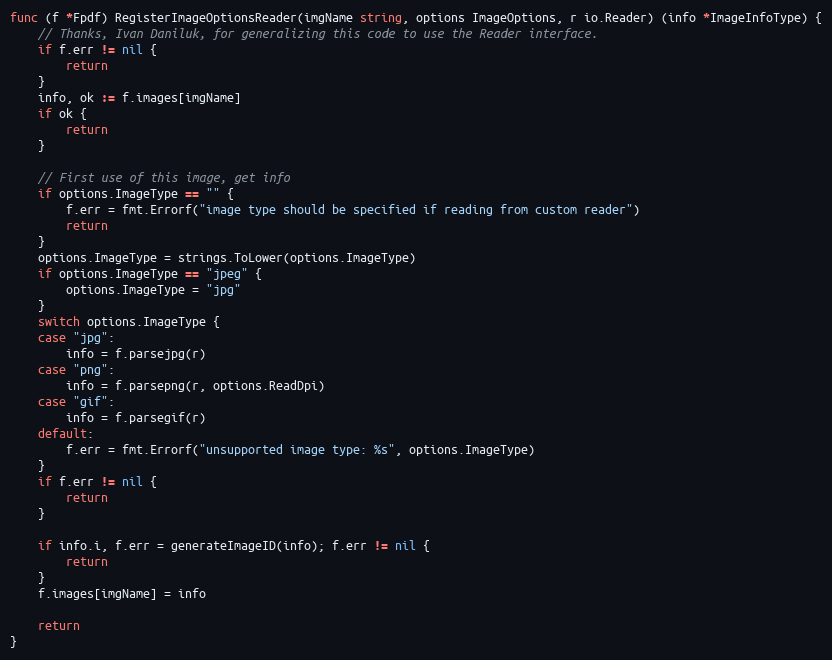
Language: Go
func (f *Fpdf) RegisterImageOptionsReader(imgName string, options ImageOptions, r io.Reader) (info *ImageInfoType) {
	// Thanks, Ivan Daniluk, for generalizing this code to use the Reader interface.
	if f.err != nil {
		return
	}
	info, ok := f.images[imgName]
	if ok {
		return
	}

	// First use of this image, get info
	if options.ImageType == "" {
		f.err = fmt.Errorf("image type should be specified if reading from custom reader")
		return
	}
	options.ImageType = strings.ToLower(options.ImageType)
	if options.ImageType == "jpeg" {
		options.ImageType = "jpg"
	}
	switch options.ImageType {
	case "jpg":
		info = f.parsejpg(r)
	case "png":
		info = f.parsepng(r, options.ReadDpi)
	case "gif":
		info = f.parsegif(r)
	default:
		f.err = fmt.Errorf("unsupported image type: %s", options.ImageType)
	}
	if f.err != nil {
		return
	}

	if info.i, f.err = generateImageID(info); f.err != nil {
		return
	}
	f.images[imgName] = info

	return
}